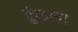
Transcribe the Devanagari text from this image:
कुंडल।